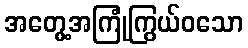
အတွေ့အကြုံကြွယ်ဝသော